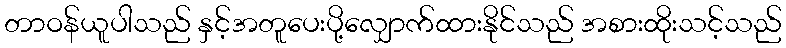
တာဝန်ယူပါသည် နှင့်အတူပေးပို့လျှောက်ထားနိုင်သည် အစားထိုးသင့်သည်